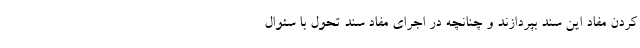
کردن مفاد این سند بپردازند و چنانچه در اجرای مفاد سند تحول با سئوال